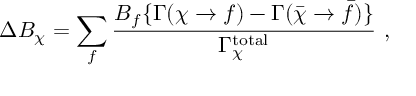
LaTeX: \Delta B _ { \chi } = \sum _ { f } \frac { B _ { f } \{ \Gamma ( \chi \to f ) - \Gamma ( \bar { \chi } \to \bar { f } ) \} } { \Gamma _ { \chi } ^ { \mathrm { t o t a l } } } ~ ,